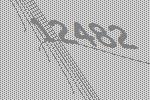
12482